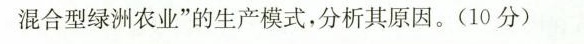
混合型绿洲农业”的生产模式，分析其原因。(10分)